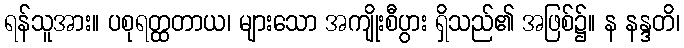
ရန်သူအား။ ပစုရတ္ထတာယ၊ များသော အကျိုးစီပွား ရှိသည်၏ အဖြစ်၌။ န နန္ဒတိ၊